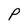
Character: P